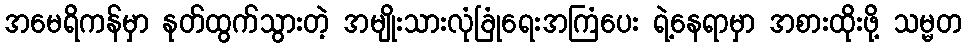
အမေရိကန်မှာ နုတ်ထွက်သွားတဲ့ အမျိုးသားလုံခြုံရေးအကြံပေး ရဲ့နေရာမှာ အစားထိုးဖို့ သမ္မတ